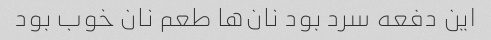
این دفعه سرد بود نان‌ها طعم نان خوب بود